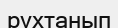
рухтанып